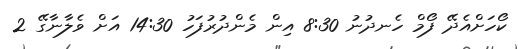
ކޯހަށްއެދޭ ފޯމް ހެނދުނު 8:30 އިން މެންދުރުފަހު 14:30 އަށް ވެލާނާގޭ 2